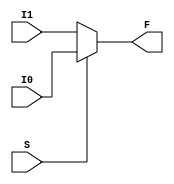
module Mux_2to1(F, I0, I1, S);
	parameter N = 32;
	input [N-1:0]I0, I1;
	input S;
	output [N-1:0]F;
	assign F = S ? I0 : I1;
	
	//assign F = S[2] ? (S[1] ? (S[0] ? I7 : I6) : (S[0] ? I5 : I4)) : (S[1] ? (S[0] ? I3 : I2) : (S[0] ? I1 : I0));
endmodule